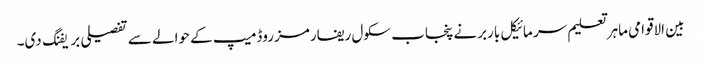
بین الاقوامی ماہر تعلیم سر مائیکل باربرنے پنجاب سکول ریفارمز روڈمیپ کے حوالے سے تفصیلی بریفنگ دی۔